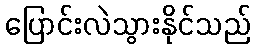
ပြောင်းလဲသွားနိုင်သည်